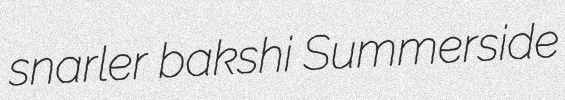
snarler bakshi Summerside